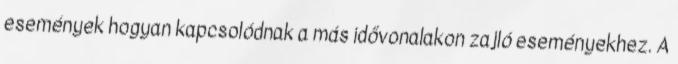
események hogyan kapcsolódnak a más idővonalakon zajló eseményekhez. A